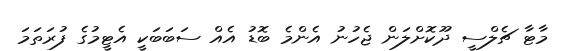
މާޓާ ޗެލްސީ ދޫކޮށްލަން ޖެހުނު އެންމެ ބޮޑު އެއް ސަބަބަކީ އެޓީމުގެ ފުރަތަމަ